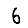
Digit: 6